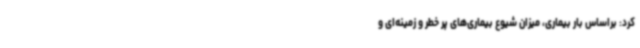
کرد: براساس بار بیماری، میزان شیوع بیماری‌های پر خطر و زمینه‌ای و